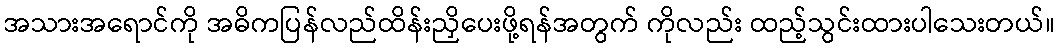
အသားအရောင်ကို အဓိကပြန်လည်ထိန်းညှိပေးဖို့ရန်အတွက် ကိုလည်း ထည့်သွင်းထားပါသေးတယ်။